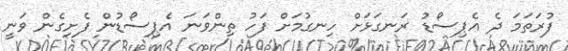
ފުރަތަމަ ދެ އެޕިސޯޑު ރަނގަޅަށް ހިނގުމަށް ފަހު ތިންވަނަ އެޕިސޯޑުން ފެށިގެން ވަނީ